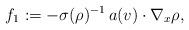
LaTeX: \begin{align*}f_1:=-\sigma(\rho)^{-1}\,a(v)\cdot\nabla_x \rho,\end{align*}